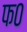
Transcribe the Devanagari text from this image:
फ०